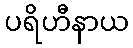
ပရိဟီနာယ